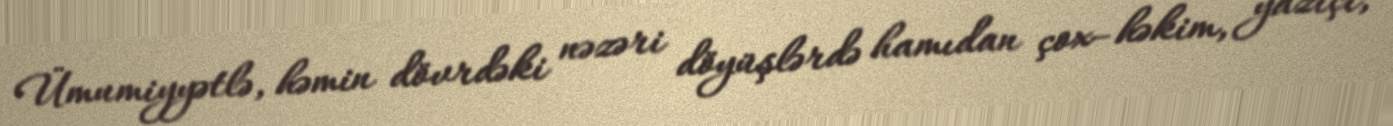
Ümumiyyətlə, həmin dövrdəki nəzəri döyüşlərdə hamıdan çox–həkim, yazıçı,